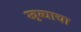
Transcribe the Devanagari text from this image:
खुब्याचा